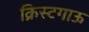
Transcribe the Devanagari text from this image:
क्रिस्टगाऊ